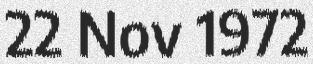
22 Nov 1972